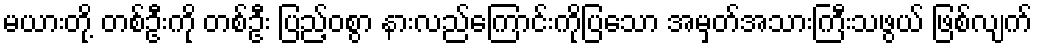
မယားတို့ တစ်ဦးကို တစ်ဦး ပြည့်ဝစွာ နားလည်ကြောင်းကိုပြသော အမှတ်အသားကြီးသဖွယ် ဖြစ်လျက်